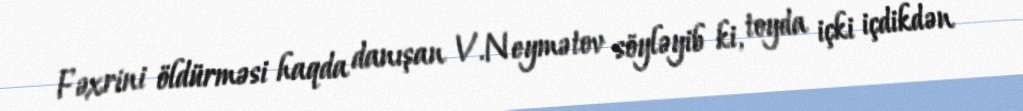
Fəxrini öldürməsi haqda danışan V.Neymətov söyləyib ki, toyda içki içdikdən